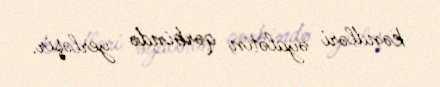
kəndləri əyalətin qərbində yerləşir.